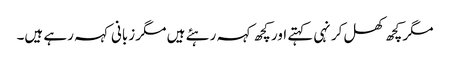
مگر کچھ کھل کر نہی کہتے اور کچھ کہہ رہئے ہیں مگر زبانی کہہ رہے ہیں۔